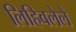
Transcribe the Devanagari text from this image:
लिहिवलेले